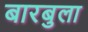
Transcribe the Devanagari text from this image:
बारबुला